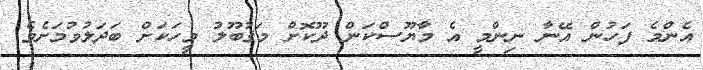
އެންމެ ފަހުން އޭނާ ނިންމީ އެ މާޔޫސްކަން ދޫކޮށް މަޤުބޫލު މީހަކަށް ބަދަލުވުމަށެވެ.